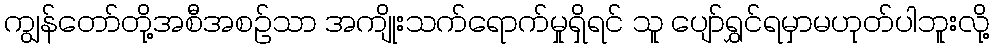
ကျွန်တော်တို့အစီအစဉ်သာ အကျိုးသက်ရောက်မှုရှိရင် သူ ပျော်ရွှင်ရမှာမဟုတ်ပါဘူးလို့